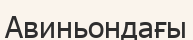
Авиньондағы